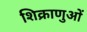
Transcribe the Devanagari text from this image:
शिक्राणुओं